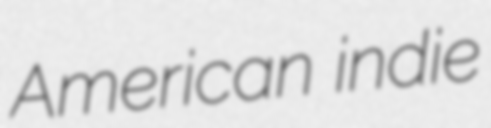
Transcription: American indie